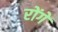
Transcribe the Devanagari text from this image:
रोंगे